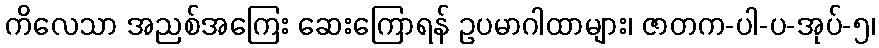
ကိလေသာ အညစ်အကြေး ဆေးကြောရန် ဥပမာဂါထာများ၊ ဇာတက-ပါ-ပ-အုပ်-၅၊